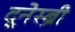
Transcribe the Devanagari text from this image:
दूनेस्ब्री